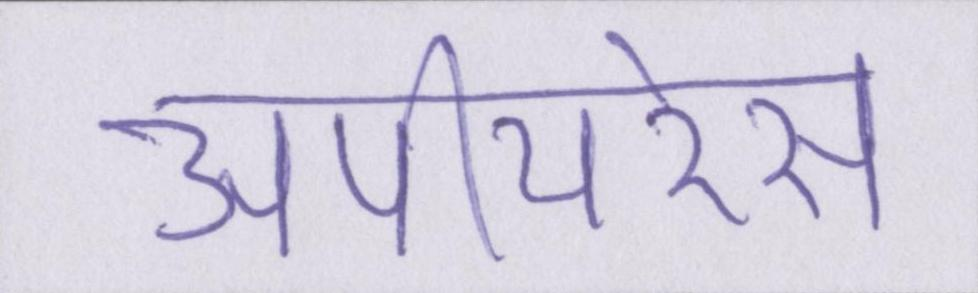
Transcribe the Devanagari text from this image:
अपीयरेंस